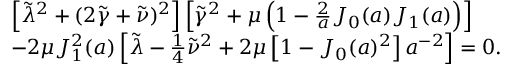
\begin{array} { r l } & { \left[ \tilde { \lambda } ^ { 2 } + ( 2 \tilde { \gamma } + \tilde { \nu } ) ^ { 2 } \right] \left[ \tilde { \gamma } ^ { 2 } + \mu \left( 1 - \frac { 2 } { a } J _ { 0 } ( a ) J _ { 1 } ( a ) \right) \right] } \\ & { - 2 \mu J _ { 1 } ^ { 2 } ( a ) \left[ \tilde { \lambda } - \frac { 1 } { 4 } \tilde { \nu } ^ { 2 } + 2 \mu \left[ 1 - J _ { 0 } ( a ) ^ { 2 } \right] a ^ { - 2 } \right] = 0 . } \end{array}